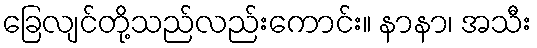
ခြေလျင်တို့သည်လည်းကောင်း။ နာနာ၊ အသီး